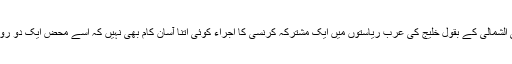
کویتی وزیرخزانہ مصطفیٰ الشمالی کے بقول خلیج کی عرب ریاستوں میں ایک مشترکہ کرنسی کا اجراء کوئی اتنا آسان کام بھی نہیں کہ اسے محض ایک دو روز میں مکمل کر لیا جائے۔